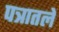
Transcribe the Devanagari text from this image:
पत्रातले